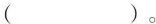
( ) 。